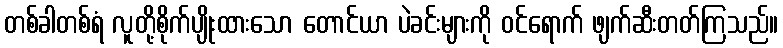
တစ်ခါတစ်ရံ လူတို့စိုက်ပျိုးထားသော တောင်ယာ ပဲခင်းများကို ဝင်ရောက် ဖျက်ဆီးတတ်ကြသည်။